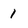
Character: 1